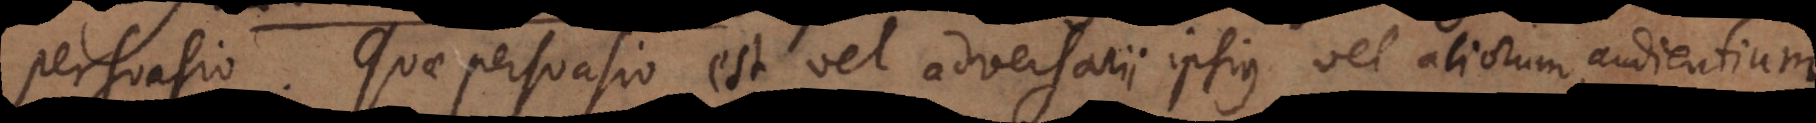
persuasio. Quae persuasio est vel adversarii ipsius vel aliorum, audientium.